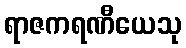
ရာဇကရဏီယေသု